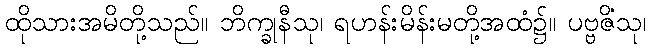
ထိုသားအမိတို့သည်။ ဘိက္ခုနီသု၊ ရဟန်းမိန်းမတို့အထံ၌။ ပဗ္ဗဇိံသု၊